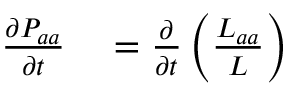
\begin{array} { r l } { \frac { \partial P _ { a a } } { \partial t } } & { { } = \frac { \partial } { \partial t } \left( \frac { L _ { a a } } { L } \right) } \end{array}